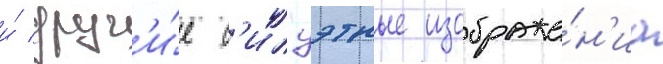
и́ друг'и́е с'илуэтные изображе́н'иа